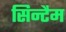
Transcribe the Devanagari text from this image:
सिन्टैम